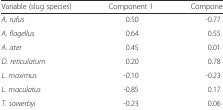
<table><thead><tr><td><b>Variable (slug species)</b></td><td><b>Component 1</b></td><td><b>Component 2</b></td></tr></thead><tbody><tr><td><i>A. rufus</i></td><td>0.50</td><td>-0.77</td></tr><tr><td><i>A. flagellus</i></td><td>0.64</td><td>0.55</td></tr><tr><td><i>A. ater</i></td><td>0.45</td><td>0.01</td></tr><tr><td><i>D. reticulatum</i></td><td>0.20</td><td>0.78</td></tr><tr><td><i>L. maximus</i></td><td>-0.10</td><td>-0.23</td></tr><tr><td><i>L. maculatus</i></td><td>-0.85</td><td>0.17</td></tr><tr><td><i>T. sowerbyi</i></td><td>-0.23</td><td>0.06</td></tr></tbody></table>